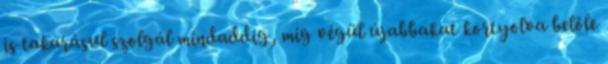
is takarásul szolgál mindaddig, míg végül újabbakat kortyolva belőle